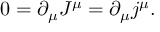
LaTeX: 0 = \partial _ { \mu } J ^ { \mu } = \partial _ { \mu } j ^ { \mu } .